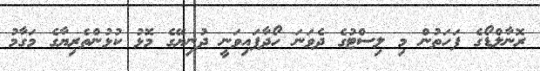
ރޮނާލްޑޯގެ ފަހަތުން މި ލިސްޓުގެ ދެވަނަ ހޯދާފައިވަނީ ދުނިޔޭގެ މޮޅު ކުޅުންތެރިޔާގެ މަގާމު